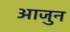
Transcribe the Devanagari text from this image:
आजुन